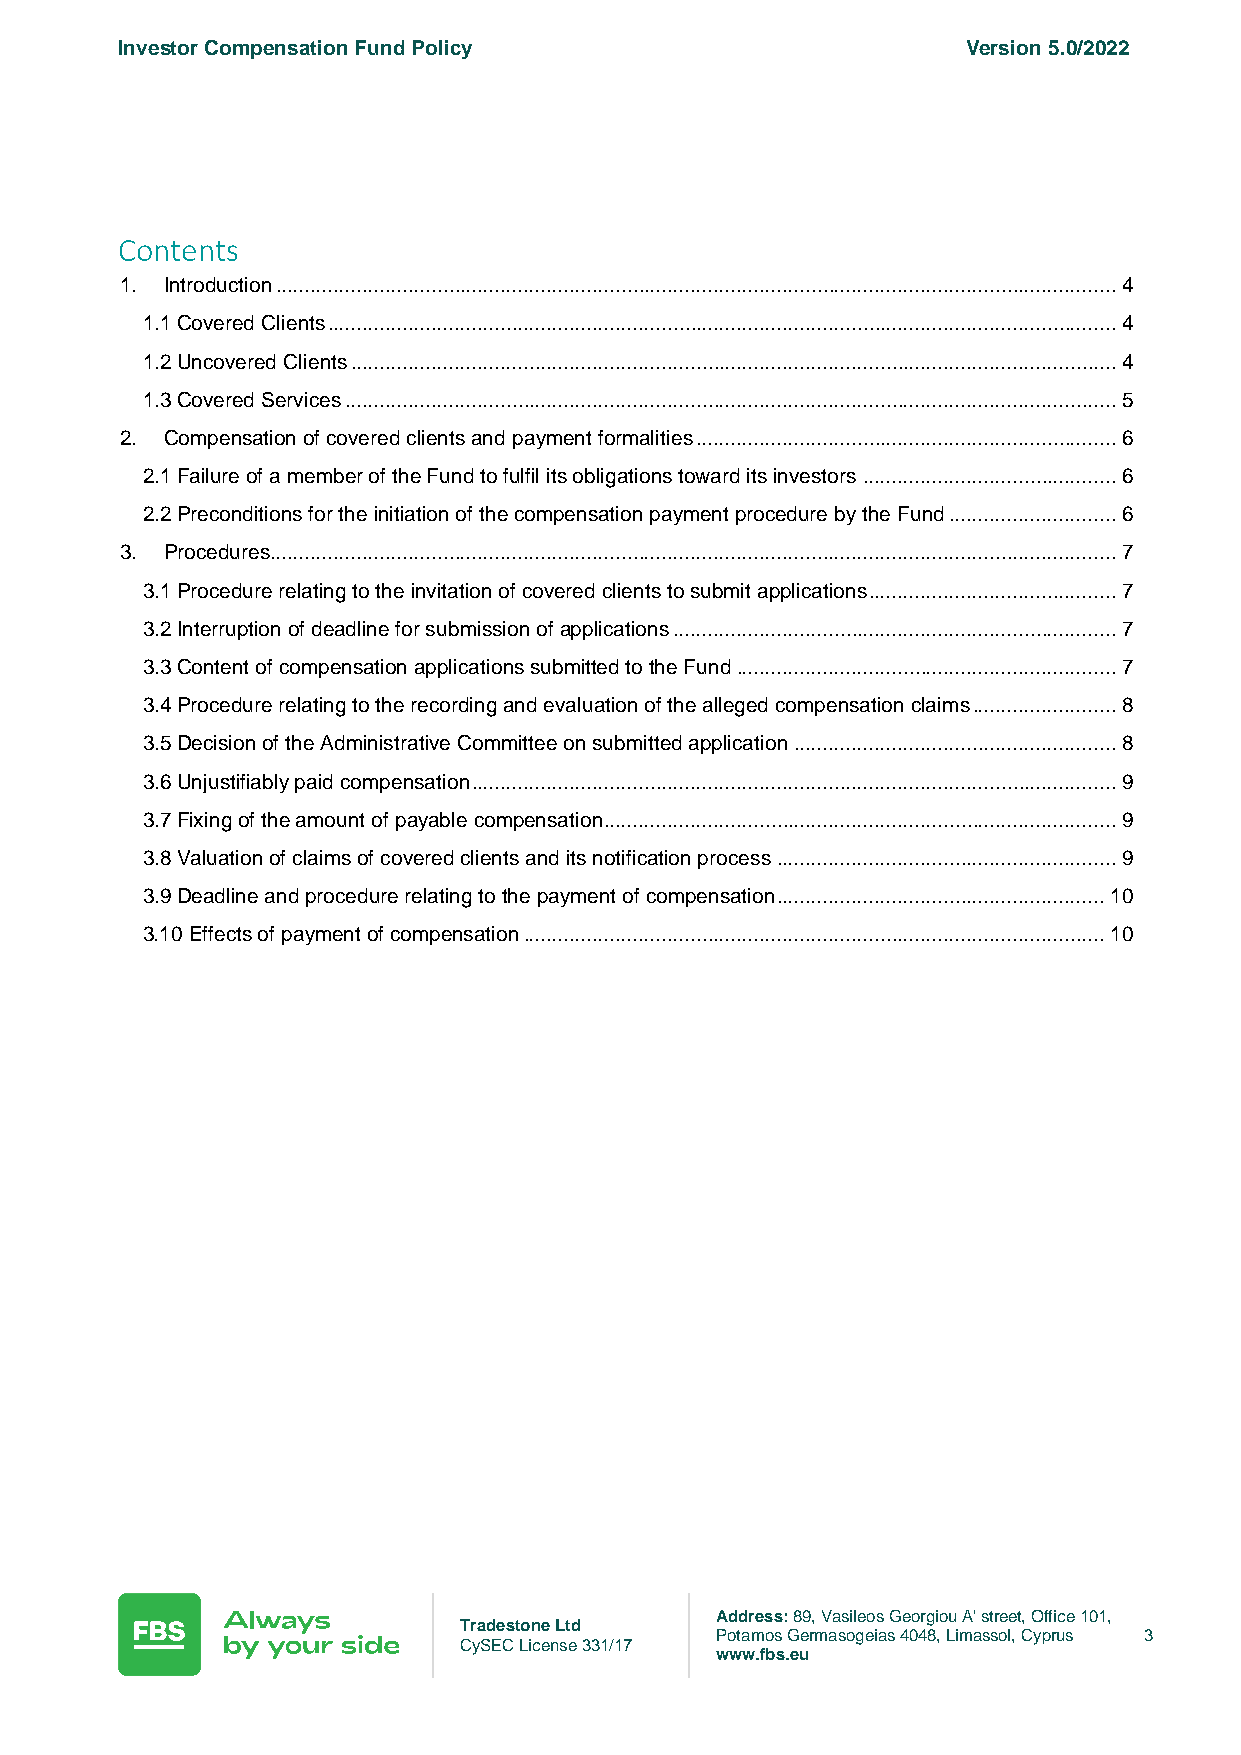
Investor Compensation Fund Policy                       Version 5.0/2022
 Contents
 1. Introduction .................................................................................................................................................. 4
 1.1 Covered Clients ......................................................................................................................................... 4
 1.2 Uncovered Clients ..................................................................................................................................... 4
 1.3 Covered Services ...................................................................................................................................... 5
 2. Compensation of covered clients and payment formalities ......................................................................... 6
 2.1 Failure of a member of the Fund to fulfil its obligations toward its investors ............................................ 6
 2.2 Preconditions for the initiation of the compensation payment procedure by the Fund ............................. 6
 3. Procedures................................................................................................................................................... 7
 3.1 Procedure relating to the invitation of covered clients to submit applications ........................................... 7
 3.2 Interruption of deadline for submission of applications ............................................................................. 7
 3.3 Content of compensation applications submitted to the Fund .................................................................. 7
 3.4 Procedure relating to the recording and evaluation of the alleged compensation claims ......................... 8
 3.5 Decision of the Administrative Committee on submitted application ........................................................ 8
 3.6 Unjustifiably paid compensation ................................................................................................................ 9
 3.7 Fixing of the amount of payable compensation ......................................................................................... 9
 3.8 Valuation of claims of covered clients and its notification process ........................................................... 9
 3.9 Deadline and procedure relating to the payment of compensation ......................................................... 10
 3.10 Effects of payment of compensation ..................................................................................................... 10
 Address: 89, Vasileos Georgiou A' street, Office 101,
 Tradestone Ltd
 Potamos Germasogeias 4048, Limassol, Cyprus 3
 CySEC License 331/17
 www.fbs.eu